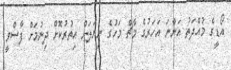
އޯޑީގެ މުއްދަތު އަންނަ އަހަރުގެ މާޗް މަހުގެ ނިޔަލަށް އިތުރުކޮށް ދިނުމަށް ފާސްވީ